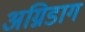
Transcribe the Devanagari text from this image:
अग्निडाग